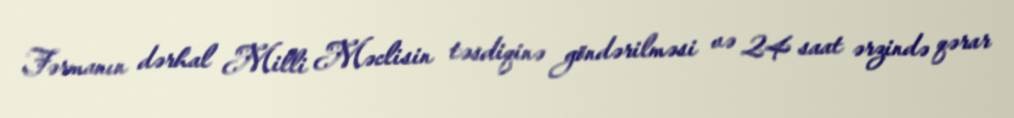
Fərmanın dərhal Milli Məclisin təsdiqinə göndərilməsi və 24 saat ərzində qərar